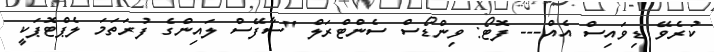
ކުރެވޭ ޑިވައިސް އެއް--- ފޮޓޯ: ވިންޑޯސް ސެންޓްރަލް "ސާފޭސް ލައިންގެ ފުރަތަމަ ލެޕްޓޮޕަކީ